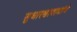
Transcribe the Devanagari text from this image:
सुधारणावाद्यांचे